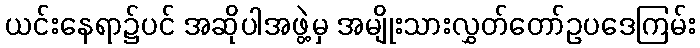
ယင်းနေရာ၌ပင် အဆိုပါအဖွဲ့မှ အမျိုးသားလွှတ်တော်ဥပဒေကြမ်း